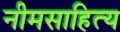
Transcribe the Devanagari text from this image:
नीमसाहित्य